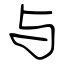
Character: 与